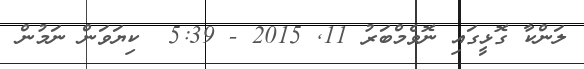
ލަންކާ ގޮޅީގައި ނޮވެމްބަރު 11